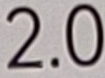
2.0